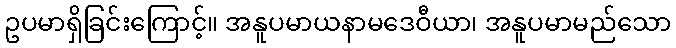
ဥပမာရှိခြင်းကြောင့်။ အနူပမာယနာမဒေဝီယာ၊ အနူပမာမည်သော